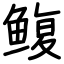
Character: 鳆